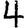
Digit: 4